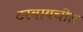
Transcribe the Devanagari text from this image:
ठरवायचीत